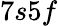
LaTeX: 7s5f